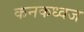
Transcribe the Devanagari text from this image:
कनकध्वज